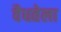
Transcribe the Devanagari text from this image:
वैधतेला